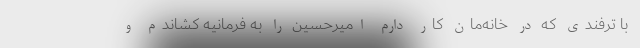
با ترفندی که در خانه‌مان کار دارم امیرحسین را به فرمانیه کشاندم و